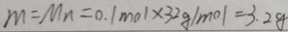
m = M n = 0 . 1 m o l \times 3 2 g / m o l = 3 . 2 g